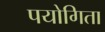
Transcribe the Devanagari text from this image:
पयोगिता